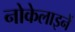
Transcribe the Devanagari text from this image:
नोकेलाइनें